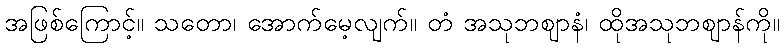
အဖြစ်ကြောင့်။ သတော၊ အောက်မေ့လျက်။ တံ အသုဘဈာနံ၊ ထိုအသုဘဈာန်ကို။